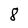
Character: 8